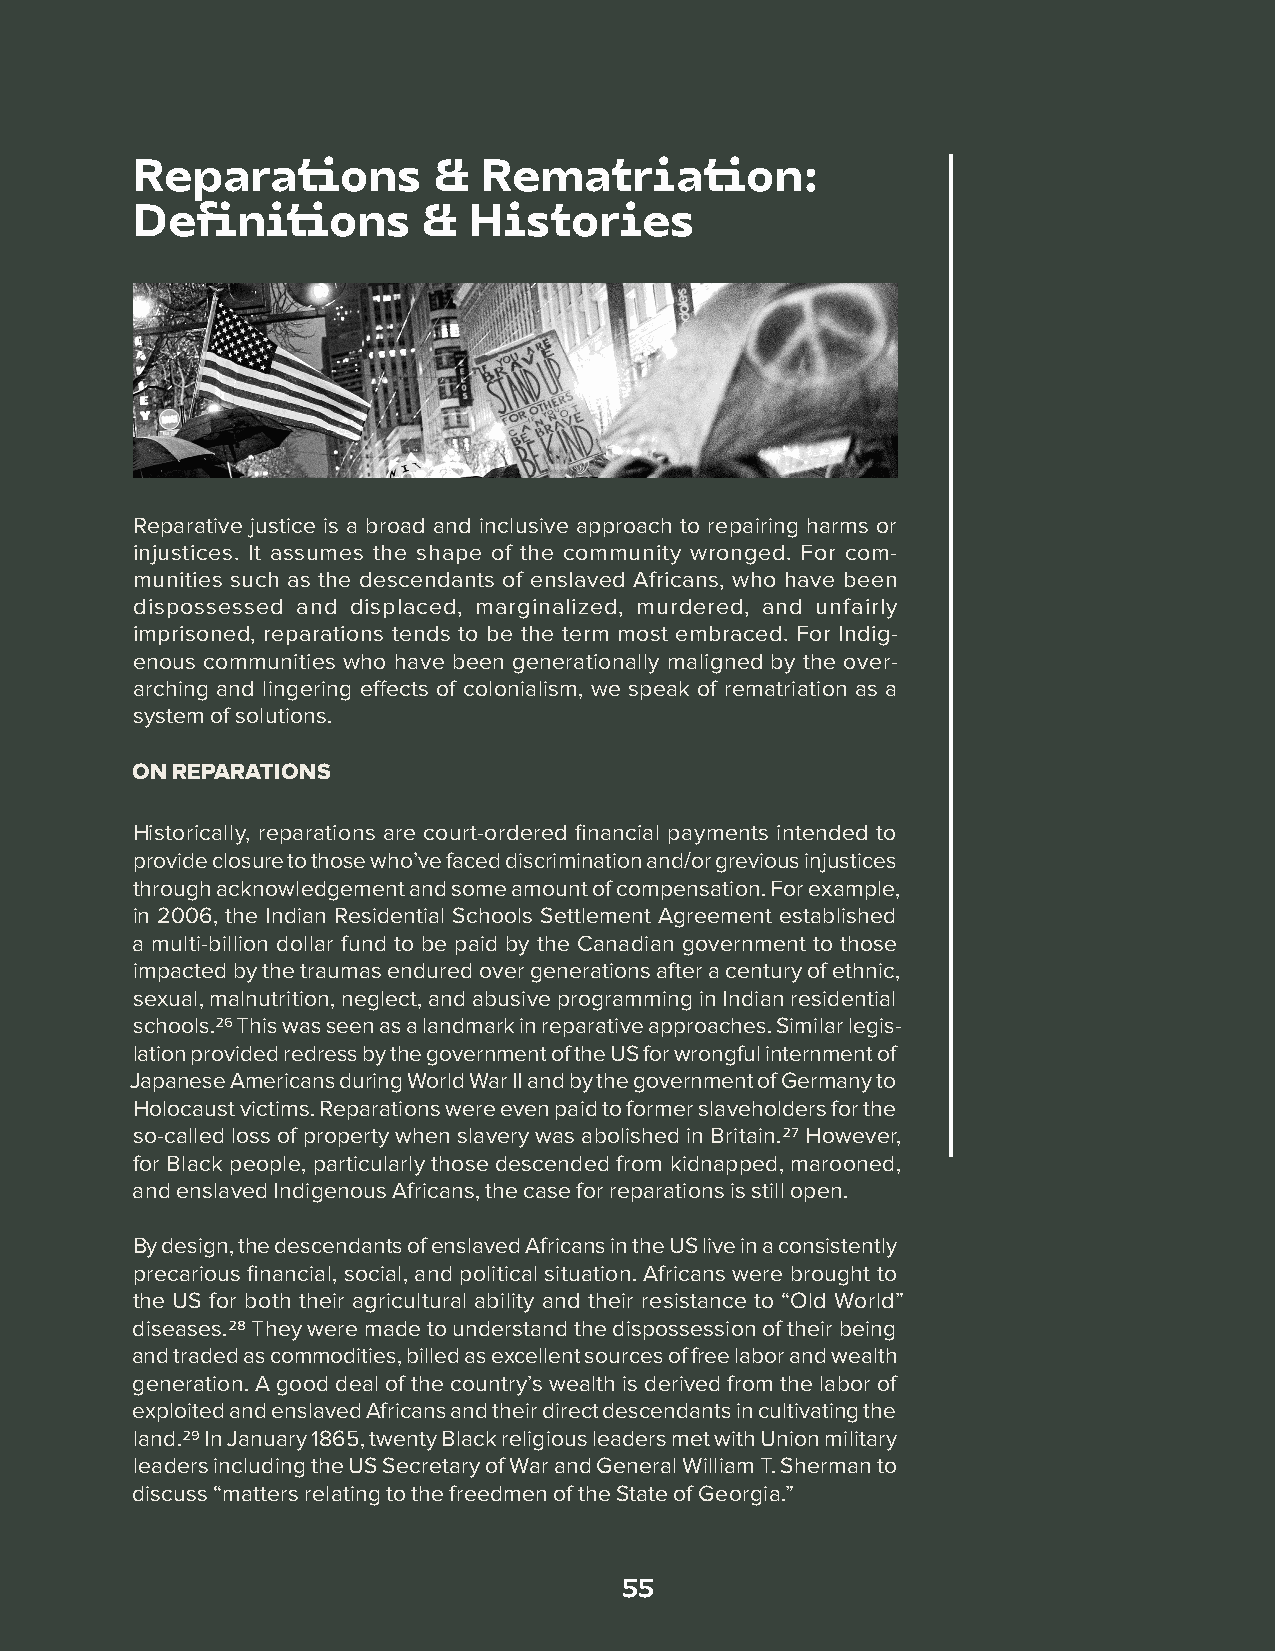
Reparations         &  Rematriation:
 Definitions        &  Histories
 Reparative justice is a broad and inclusive approach to repairing harms or
 injustices. It assumes the shape of the community wronged. For com-
 munities such as the descendants of enslaved Africans, who have been
 dispossessed and displaced, marginalized, murdered, and unfairly
 imprisoned, reparations tends to be the term most embraced. For Indig-
 enous communities who have been generationally maligned by the over-
 arching and lingering effects of colonialism, we speak of rematriation as a
 system of solutions.
 ON REPARATIONS
 Historically, reparations are court-ordered financial payments intended to
 provide closure to those who’ve faced discrimination and/or grevious injustices
 through acknowledgement and some amount of compensation. For example,
 in 2006, the Indian Residential Schools Settlement Agreement established
 a multi-billion dollar fund to be paid by the Canadian government to those
 impacted by the traumas endured over generations after a century of ethnic,
 sexual, malnutrition, neglect, and abusive programming in Indian residential
 schools.26 This was seen as a landmark in reparative approaches. Similar legis-
 lation provided redress by the government of the US for wrongful internment of
 Japanese Americans during World War II and by the government of Germany to
 Holocaust victims. Reparations were even paid to former slaveholders for the
 so-called loss of property when slavery was abolished in Britain.27 However,
 for Black people, particularly those descended from kidnapped, marooned,
 and enslaved Indigenous Africans, the case for reparations is still open.
 By design, the descendants of enslaved Africans in the US live in a consistently
 precarious financial, social, and political situation. Africans were brought to
 the US for both their agricultural ability and their resistance to “Old World”
 diseases.28 They were made to understand the dispossession of their being
 and traded as commodities, billed as excellent sources of free labor and wealth
 generation. A good deal of the country’s wealth is derived from the labor of
 exploited and enslaved Africans and their direct descendants in cultivating the
 land.29 In January 1865, twenty Black religious leaders met with Union military
 leaders including the US Secretary of War and General William T. Sherman to
 discuss “matters relating to the freedmen of the State of Georgia.”
 55